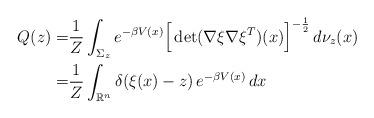
LaTeX: \begin{align*} Q(z) =& \frac{1}{Z}\int_{\Sigma_z} e^{-\beta V(x)} \Big[\det(\nabla \xi\nabla \xi^T)(x)\Big]^{-\frac{1}{2}}\, d\nu_z(x) \\ =& \frac{1}{Z} \int_{\mathbb{R}^n} \delta(\xi(x) - z)\,e^{-\beta V(x)}\, dx \end{align*}